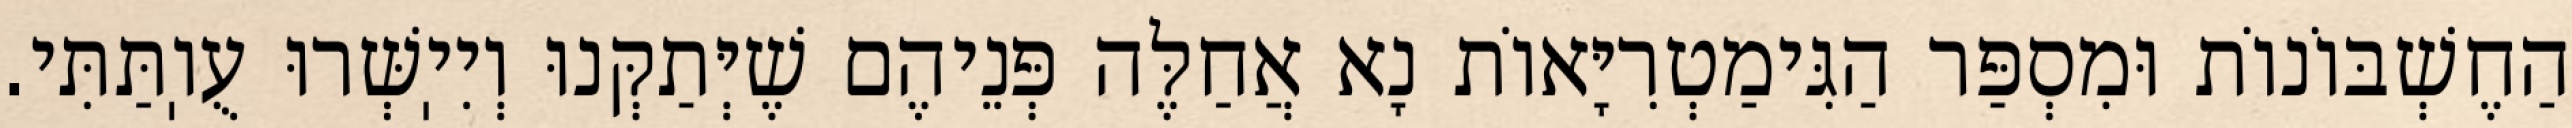
הַחֶשְׁבּוֹנוֹת וּמִסְפַּר הַגִּימַטְרִיָּאוֹת נָא אֲחַלֶּה פְּנֵיהֶם שֶׁיְּתַקְּנוּ וְיִיֽשְּׁרוּ עֻוֽתַּתִּי.